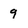
Character: 9